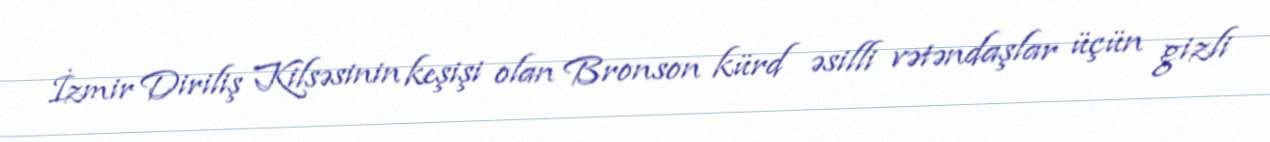
İzmir Diriliş Kilsəsinin keşişi olan Bronson kürd əsilli vətəndaşlar üçün gizli